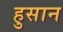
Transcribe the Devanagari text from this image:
हुसान